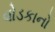
વોડકાનો